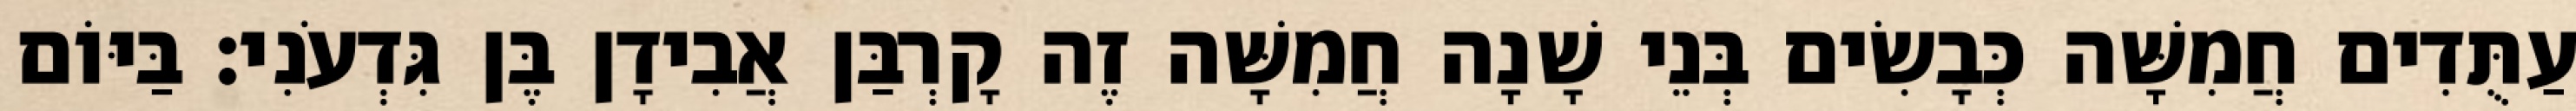
עַתֻּדִים חֲמִשָּׁה כְּבָשִׂים בְּנֵי שָׁנָה חֲמִשָּׁה זֶה קָרְבַּן אֲבִידָן בֶּן גִּדְעֹנִי׃ בַּיּוֹם